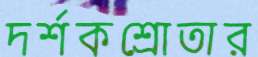
দর্শকশ্রোতার